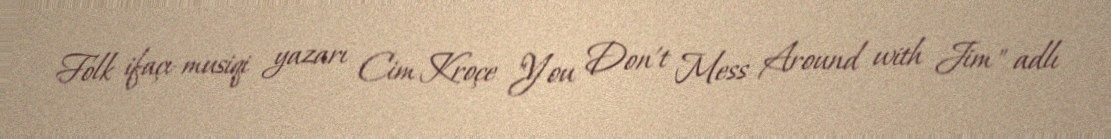
Folk ifaçı-musiqi yazarı Cim Kroçe "You Don't Mess Around with Jim" adlı